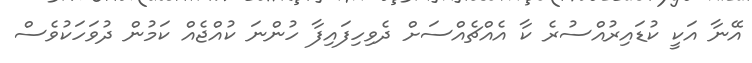
އޭނާ އަކީ ކުޑައިރުއްސުރެ ކާ އެއްޗެއްސަށް ދެވިހިފައިފާ ހުންނަ ކުއްޖެއް ކަމުން ދުވަހަކުވެސް